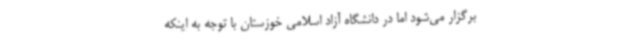
برگزار می‌شود اما در دانشگاه آزاد اسلامی خوزستان با توجه به اینکه